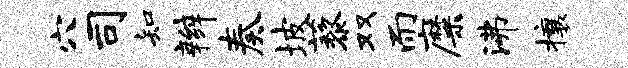
穴司知辫奏坡藜双而靡沸攘